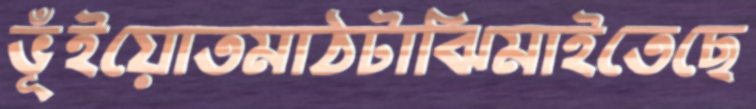
ভূঁইয়োতমাঠটাঝিমাইতেছে